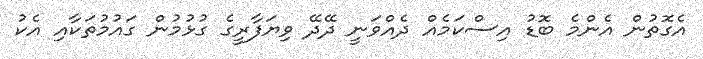
އެގޮތުން އެންމެ ބޮޑު އިސްކަމެއް ދެއްވަނީ ދޭދޭ ވިޔަފާރީގެ ގުޅުމުން ގައުމުތަކާއި އެކު